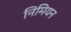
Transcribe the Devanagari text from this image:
निमियन